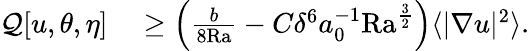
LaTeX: \begin{array}{rl}{\mathcal{Q}[u,\theta,\eta]}&{{}\geq\left(\frac{b}{8\mathrm{{Ra}}}-C\delta^{6}a_{0}^{-1}\mathrm{{Ra}}^{\frac{3}{2}}\right)\langle|\nabla u|^{2}\rangle.}\end{array}